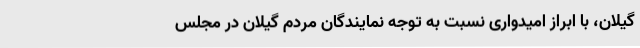
گیلان، با ابراز امیدواری نسبت به توجه نمایندگان مردم گیلان در مجلس